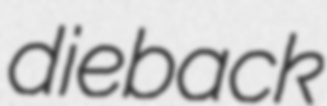
dieback